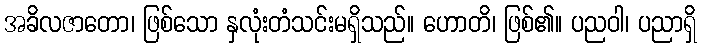
အခိလဇာတော၊ ဖြစ်သော နှလုံးတံသင်းမရှိသည်။ ဟောတိ၊ ဖြစ်၏။ ပညဝါ၊ ပညာရှိ